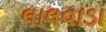
લાલવાડા